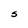
Character: S